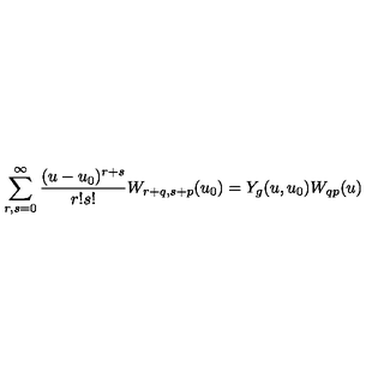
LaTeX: \sum _ { r , s = 0 } ^ { \infty } { \frac { ( u - u _ { 0 } ) ^ { r + s } } { r ! s ! } } W _ { r + q , s + p } ( u _ { 0 } ) = Y _ { g } ( u , u _ { 0 } ) W _ { q p } ( u )